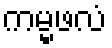
ကမ္မဖလံ